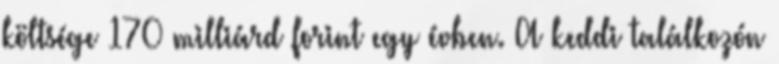
költsége 170 milliárd forint egy évben. A keddi találkozón